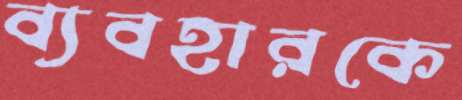
ব্যবহারকে